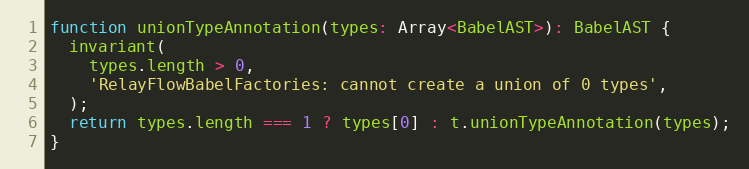
Language: JavaScript
function unionTypeAnnotation(types: Array<BabelAST>): BabelAST {
  invariant(
    types.length > 0,
    'RelayFlowBabelFactories: cannot create a union of 0 types',
  );
  return types.length === 1 ? types[0] : t.unionTypeAnnotation(types);
}